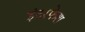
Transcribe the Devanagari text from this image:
इंटरफेश